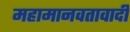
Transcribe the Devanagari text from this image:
महामानवतावादी